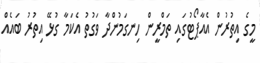
މީގެ އިތުރުން އެއާޕޯޓުގައި ތަމްރީން ހިނގަމުންދާ ވަގުތު އެކަމާ ގުޅޭ އިތުރު ބައެއް